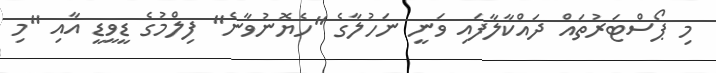
މި ޕޯސްޓަރުތައް ދައްކާލާފައި ވަނީ ނަހުލާގެ "ހެޔޮނުވާނެ" ފިލްމުގެ ޑީވީޑީ އާއި "މި